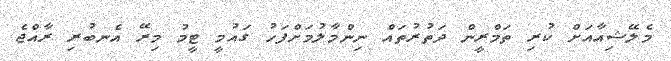
މެލޭޝިއާއަށް ކުރި ތަމްރީން ދަތުރުތައް ނިންމާލުމަށްފަހު ގައުމީ ޓީމު މިރޭ އެނބުރި ރާއްޖެ